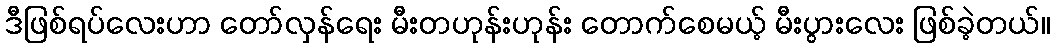
ဒီဖြစ်ရပ်လေးဟာ တော်လှန်ရေး မီးတဟုန်းဟုန်း တောက်စေမယ့် မီးပွားလေး ဖြစ်ခဲ့တယ်။